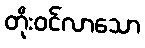
တိုးဝင်လာသော